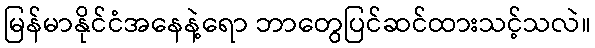
မြန်မာနိုင်ငံအနေနဲ့ရော ဘာတွေပြင်ဆင်ထားသင့်သလဲ။